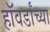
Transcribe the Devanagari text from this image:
हॉवर्डांच्या